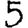
Digit: 5